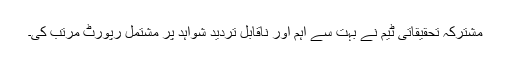
مشترکہ تحقیقاتی ٹیم نے بہت سے اہم اور ناقابل تردید شواہد پر مشتمل رپورٹ مرتب کی۔